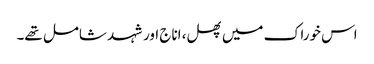
اس خوراک میں پھل، اناج اور شہد شامل تھے۔